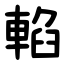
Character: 輡